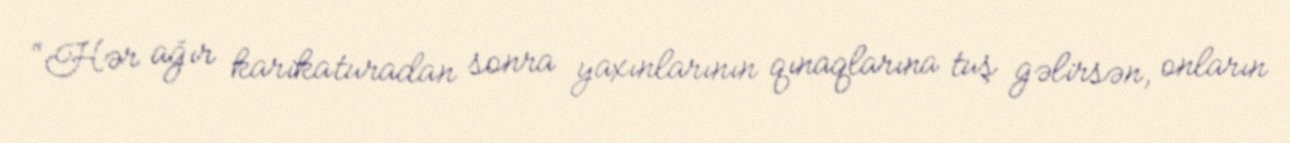
“Hər ağır karikaturadan sonra yaxınlarının qınaqlarına tuş gəlirsən, onların